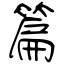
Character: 篇